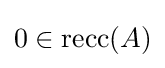
0\in \operatorname {recc} (A)